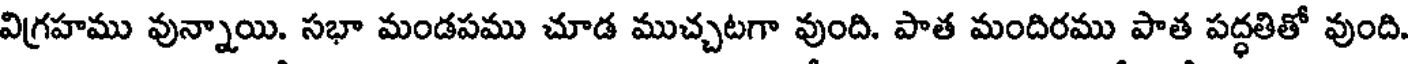
విగ్రహము వున్నాయి. సభా మండపము చూడ ముచ్చటగా వుంది. పాత మందిరము పాత పద్ధతితో వుంది.